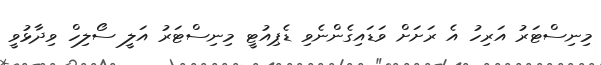
މިނިސްޓަރު އަރިހު އެ ރަށަށް ވަޑައިގެންނެވި ޑެޕިއުޓީ މިނިސްޓަރު އަލީ ސޯލިހް ވިދާޅުވީ